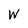
Character: W